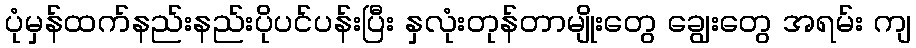
ပုံမှန်ထက်နည်းနည်းပိုပင်ပန်းပြီး နှလုံးတုန်တာမျိုးတွေ ချွေးတွေ အရမ်း ကျ